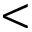
<